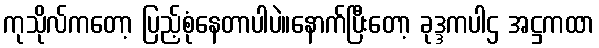
ကုသိုလ်ကတော့ ပြည့်စုံနေတာပါပဲ။နောက်ပြီးတော့ ခုဒ္ဒကပါဌ အဋ္ဌကထာ